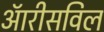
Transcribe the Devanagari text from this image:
ऑरीसविल